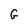
Character: G